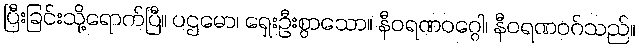
ပြီးခြင်းသို့ရောက်ပြီ။ ပဌမော၊ ရှေးဦးစွာသော။ နီဝရဏဝဂ္ဂေါ၊ နီဝရဏဝဂ်သည်။